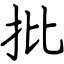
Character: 批